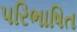
પરિભાષિત